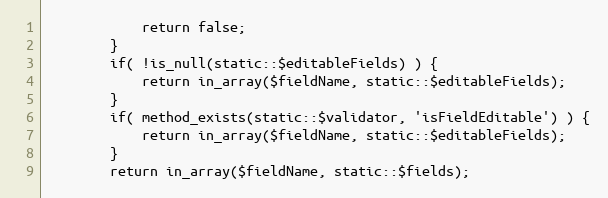
Language: PHP
			return false;
		}
		if( !is_null(static::$editableFields) ) {
			return in_array($fieldName, static::$editableFields);
		}
		if( method_exists(static::$validator, 'isFieldEditable') ) {
			return in_array($fieldName, static::$editableFields);
		}
		return in_array($fieldName, static::$fields);